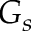
G _ { s }